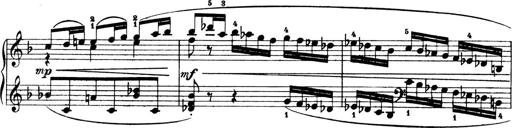
Title: 4 Sonatines
Composer: Max Reger